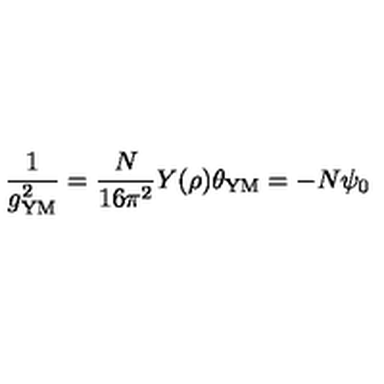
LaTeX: \frac { 1 } { g _ { \mathrm { Y M } } ^ { 2 } } = \frac { N } { 1 6 \pi ^ { 2 } } Y ( \rho ) \theta _ { \mathrm { Y M } } = - N \psi _ { 0 }